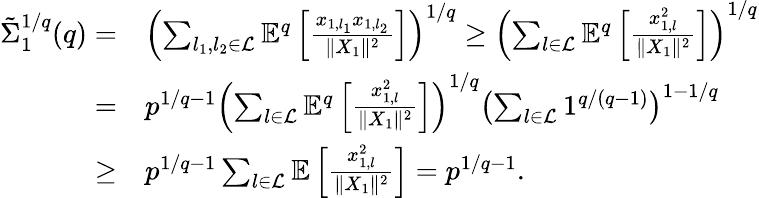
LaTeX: \begin{array}{rl}{\tilde{\Sigma}_{1}^{1/q}(q)=}&{\left(\sum_{l_{1},l_{2}\in\mathcal{L}}\mathbb{E}^{q}\left[\frac{x_{1,l_{1}}x_{1,l_{2}}}{\| X_{1}\| ^{2}}\right]\right)^{1/q}\ge\left(\sum_{l\in\mathcal{L}}\mathbb{E}^{q}\left[\frac{x_{1,l}^{2}}{\| X_{1}\| ^{2}}\right]\right)^{1/q}}\\ {=}&{p^{1/q-1}\left(\sum_{l\in\mathcal{L}}\mathbb{E}^{q}\left[\frac{x_{1,l}^{2}}{\| X_{1}\| ^{2}}\right]\right)^{1/q}\left(\sum_{l\in\mathcal{L}}1^{q/(q-1)}\right)^{1-1/q}}\\ {\ge}&{p^{1/q-1}\sum_{l\in\mathcal{L}}\mathbb{E}\left[\frac{x_{1,l}^{2}}{\| X_{1}\| ^{2}}\right]=p^{1/q-1}.}\end{array}